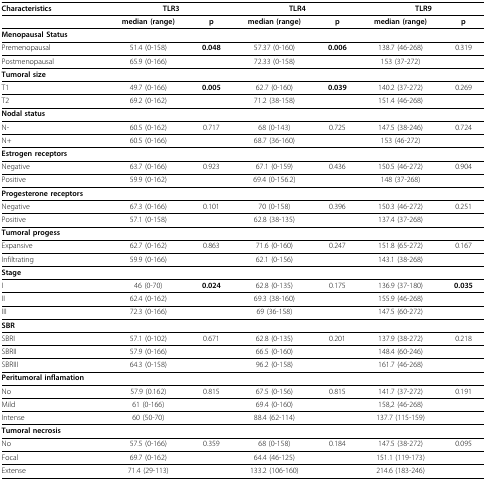
<table><thead><tr><td><b>Characteristics</b></td><td colspan="2"><b>TLR3</b></td><td colspan="2"><b>TLR4</b></td><td colspan="2"><b>TLR9</b></td></tr></thead><tbody><tr><td></td><td><b>median (range)</b></td><td><b>p</b></td><td><b>median (range)</b></td><td><b>p</b></td><td><b>median (range)</b></td><td><b>p</b></td></tr><tr><td><b>Menopausal Status</b></td><td></td><td></td><td></td><td></td><td></td><td></td></tr><tr><td>Premenopausal</td><td>51.4 (0-158)</td><td><b>0.048</b></td><td>57.37 (0-160)</td><td><b>0.006</b></td><td>138.7 (46-268)</td><td>0.319</td></tr><tr><td>Postmenopausal</td><td>65.9 (0-166)</td><td></td><td>72.33 (0-158)</td><td></td><td>153 (37-272)</td><td></td></tr><tr><td><b>Tumoral size</b></td><td></td><td></td><td></td><td></td><td></td><td></td></tr><tr><td>T1</td><td>49.7 (0-166)</td><td><b>0.005</b></td><td>62.7 (0-160)</td><td><b>0.039</b></td><td>140.2 (37-272)</td><td>0.269</td></tr><tr><td>T2</td><td>69.2 (0-162)</td><td></td><td>71.2 (38-158)</td><td></td><td>151.4 (46-268)</td><td></td></tr><tr><td><b>Nodal status</b></td><td></td><td></td><td></td><td></td><td></td><td></td></tr><tr><td>N-</td><td>60.5 (0-162)</td><td>0.717</td><td>68 (0-143)</td><td>0.725</td><td>147.5 (38-246)</td><td>0.724</td></tr><tr><td>N+</td><td>60.5 (0-166)</td><td></td><td>68.7 (36-160)</td><td></td><td>153 (46-272)</td><td></td></tr><tr><td><b>Estrogen receptors</b></td><td></td><td></td><td></td><td></td><td></td><td></td></tr><tr><td>Negative</td><td>63.7 (0-166)</td><td>0.923</td><td>67.1 (0-159)</td><td>0.436</td><td>150.5 (46-272)</td><td>0.904</td></tr><tr><td>Positive</td><td>59.9 (0-162)</td><td></td><td>69.4 (0-156.2)</td><td></td><td>148 (37-268)</td><td></td></tr><tr><td><b>Progesterone receptors</b></td><td></td><td></td><td></td><td></td><td></td><td></td></tr><tr><td>Negative</td><td>67.3 (0-166)</td><td>0.101</td><td>70 (0-158)</td><td>0.396</td><td>150.3 (46-272)</td><td>0.251</td></tr><tr><td>Positive</td><td>57.1 (0-158)</td><td></td><td>62.8 (38-135)</td><td></td><td>137.4 (37-268)</td><td></td></tr><tr><td><b>Tumoral progess</b></td><td></td><td></td><td></td><td></td><td></td><td></td></tr><tr><td>Expansive</td><td>62.7 (0-162)</td><td>0.863</td><td>71.6 (0-160)</td><td>0.247</td><td>151.8 (65-272)</td><td>0.167</td></tr><tr><td>Infiltrating</td><td>59.9 (0-166)</td><td></td><td>62.1 (0-156)</td><td></td><td>143.1 (38-268)</td><td></td></tr><tr><td><b>Stage</b></td><td></td><td></td><td></td><td></td><td></td><td></td></tr><tr><td>I</td><td>46 (0-70)</td><td><b>0.024</b></td><td>62.8 (0-135)</td><td>0.175</td><td>136.9 (37-180)</td><td><b>0.035</b></td></tr><tr><td>II</td><td>62.4 (0-162)</td><td></td><td>69.3 (38-160)</td><td></td><td>155.9 (46-268)</td><td></td></tr><tr><td>III</td><td>72.3 (0-166)</td><td></td><td>69 (36-158)</td><td></td><td>147.5 (60-272)</td><td></td></tr><tr><td><b>SBR</b></td><td></td><td></td><td></td><td></td><td></td><td></td></tr><tr><td>SBRI</td><td>57.1 (0-102)</td><td>0.671</td><td>62.8 (0-135)</td><td>0.201</td><td>137.9 (38-272)</td><td>0.218</td></tr><tr><td>SBRII</td><td>57.9 (0-166)</td><td></td><td>66.5 (0-160)</td><td></td><td>148.4 (60-246)</td><td></td></tr><tr><td>SBRIII</td><td>64.3 (0-158)</td><td></td><td>96.2 (0-158)</td><td></td><td>161.7 (46-268)</td><td></td></tr><tr><td><b>Peritumoral inflamation</b></td><td></td><td></td><td></td><td></td><td></td><td></td></tr><tr><td>No</td><td>57.9 (0.162)</td><td>0.815</td><td>67.5 (0-156)</td><td>0.815</td><td>141.7 (37-272)</td><td>0.191</td></tr><tr><td>Mild</td><td>61 (0-166)</td><td></td><td>69.4 (0-160)</td><td></td><td>158,2 (46-268)</td><td></td></tr><tr><td>Intense</td><td>60 (50-70)</td><td></td><td>88.4 (62-114)</td><td></td><td>137.7 (115-159)</td><td></td></tr><tr><td><b>Tumoral necrosis</b></td><td></td><td></td><td></td><td></td><td></td><td></td></tr><tr><td>No</td><td>57.5 (0-166)</td><td>0.359</td><td>68 (0-158)</td><td>0.184</td><td>147.5 (38-272)</td><td>0.095</td></tr><tr><td>Focal</td><td>69.7 (0-162)</td><td></td><td>64.4 (46-125)</td><td></td><td>151.1 (119-173)</td><td></td></tr><tr><td>Extense</td><td>71.4 (29-113)</td><td></td><td>133.2 (106-160)</td><td></td><td>214.6 (183-246)</td><td></td></tr></tbody></table>